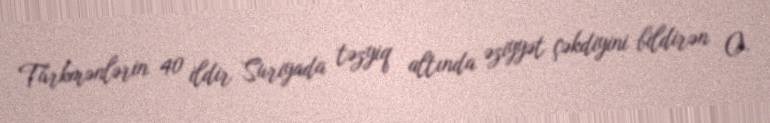
Türkmənlərin 40 ildir Suriyada təzyiq altında əziyyət çəkdiyini bildirən O.